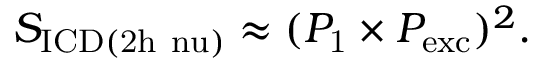
S _ { \mathrm { I C D ( 2 h \ n u ) } } \approx ( P _ { \mathrm { 1 } } \times P _ { \mathrm { e x c } } ) ^ { 2 } .